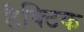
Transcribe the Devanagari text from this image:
टैक्टिक